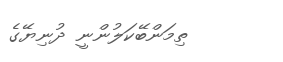
ތިމަންބޭކަލުންނީ ދުނިޔޭގެ